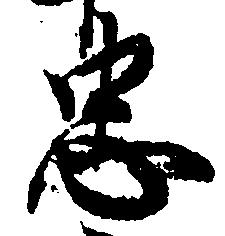
忠